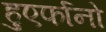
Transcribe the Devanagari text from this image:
हुएर्फानो